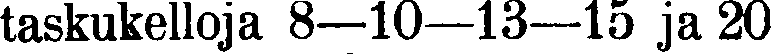
taskukelloja 8—l0—l3—15 ja 20